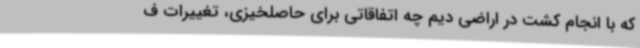
که با انجام کشت در اراضی دیم چه اتفاقاتی برای حاصلخیزی، تغییرات ف